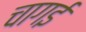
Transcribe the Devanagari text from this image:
चागई